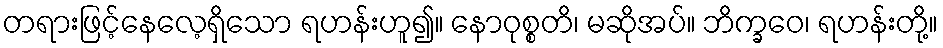
တရားဖြင့်နေလေ့ရှိသော ရဟန်းဟူ၍။ နောဝုစ္စတိ၊ မဆိုအပ်။ ဘိက္ခဝေ၊ ရဟန်းတို့။